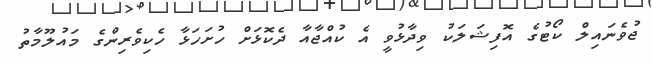
ޖުވެނައިލް ކޯޓުގެ އޮފިޝަލަކު ވިދާޅުވީ އެ ކުއްޖާއާ ދެކޮޅަށް ހުށަހަޅާ ހެކިވެރިންގެ މައުލޫމާތު